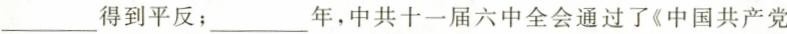
___得到平反；___年，中共十一届六中全会通过了《中国共产党